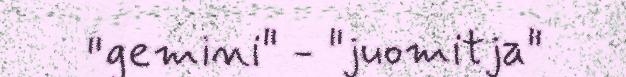
"gemini" - "juomitja"